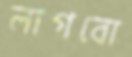
লাগবো